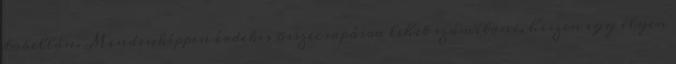
tabellán. Mindenképpen érdekes összecsapásra lehet számítani, hiszen egy ilyen